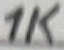
Text: 1K